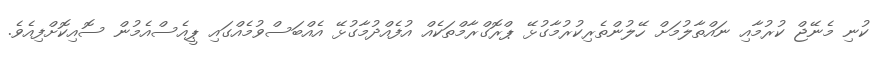
ކުނި މެނޭޖް ކުރުމާއި ނައްތާލުމަށް ހޭލުންތެރިކުރުމާގުޅޭ ޕްރޮގްރާމްތަކެއް އުފެއްދުމާގުޅޭ އެއްބަސްވުމެއްގައި ޕީއެސްއެމުން ސޮއިކޮށްފިއެވެ.